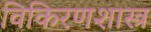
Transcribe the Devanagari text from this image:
विकिरणशास्त्र